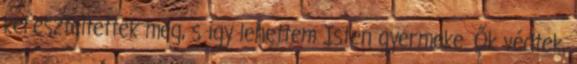
kereszteltettek meg, s így lehettem Isten gyermeke. Ők védtek,